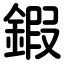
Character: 鍜